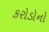
કરોડોનો